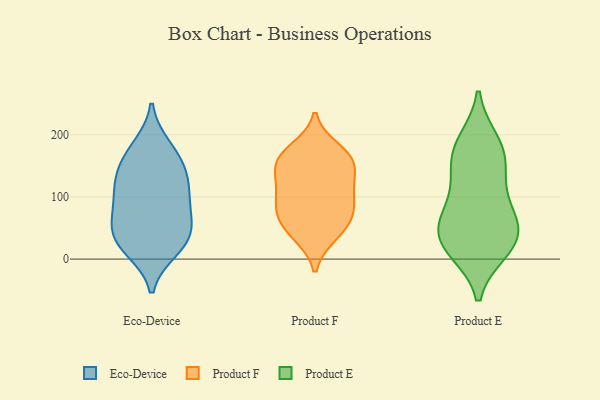
{"axis": {"x": "Page Views", "y": "Value"}, "legend": ["Eco-Device", "Product E", "Product F"], "data": [{"x": "", "y": 49, "type": "Eco-Device"}, {"x": "", "y": 146, "type": "Eco-Device"}, {"x": "", "y": 116, "type": "Eco-Device"}, {"x": "", "y": 181, "type": "Eco-Device"}, {"x": "", "y": 25, "type": "Eco-Device"}, {"x": "", "y": 45, "type": "Eco-Device"}, {"x": "", "y": 15, "type": "Eco-Device"}, {"x": "", "y": 108, "type": "Eco-Device"}, {"x": "", "y": 173, "type": "Eco-Device"}, {"x": "", "y": 20, "type": "Eco-Device"}, {"x": "", "y": 80, "type": "Eco-Device"}, {"x": "", "y": 84, "type": "Eco-Device"}, {"x": "", "y": 122, "type": "Eco-Device"}, {"x": "", "y": 52, "type": "Eco-Device"}, {"x": "", "y": 148, "type": "Eco-Device"}, {"x": "", "y": 155, "type": "Product F"}, {"x": "", "y": 177, "type": "Product F"}, {"x": "", "y": 120, "type": "Product F"}, {"x": "", "y": 68, "type": "Product F"}, {"x": "", "y": 158, "type": "Product F"}, {"x": "", "y": 59, "type": "Product F"}, {"x": "", "y": 166, "type": "Product F"}, {"x": "", "y": 90, "type": "Product F"}, {"x": "", "y": 38, "type": "Product F"}, {"x": "", "y": 129, "type": "Product F"}, {"x": "", "y": 78, "type": "Product F"}, {"x": "", "y": 41, "type": "Product F"}, {"x": "", "y": 118, "type": "Product F"}, {"x": "", "y": 161, "type": "Product F"}, {"x": "", "y": 90, "type": "Product F"}, {"x": "", "y": 73, "type": "Product E"}, {"x": "", "y": 170, "type": "Product E"}, {"x": "", "y": 70, "type": "Product E"}, {"x": "", "y": 189, "type": "Product E"}, {"x": "", "y": 47, "type": "Product E"}, {"x": "", "y": 32, "type": "Product E"}, {"x": "", "y": 24, "type": "Product E"}, {"x": "", "y": 15, "type": "Product E"}, {"x": "", "y": 144, "type": "Product E"}, {"x": "", "y": 184, "type": "Product E"}, {"x": "", "y": 101, "type": "Product E"}, {"x": "", "y": 14, "type": "Product E"}, {"x": "", "y": 142, "type": "Product E"}, {"x": "", "y": 51, "type": "Product E"}]}